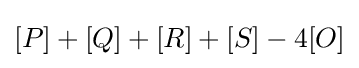
[P]+[Q]+[R]+[S]-4[O]